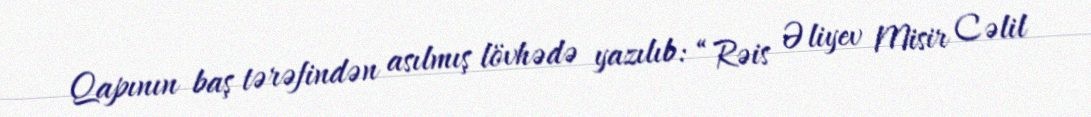
Qapının baş tərəfindən asılmış lövhədə yazılıb: “Rəis Əliyev Misir Cəlil